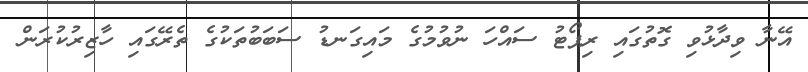
އޭނާ ވިދާޅުވި ގޮތުގައި ރިޕޯޓު ސައްހަ ނުވުމުގެ މައިގަނޑު ސަބަބުތަކުގެ ތެރޭގައި ހާޒިރުކުރަން